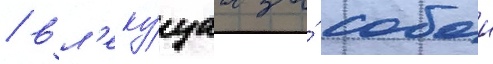
/ вл'еку́щаа за́ собои